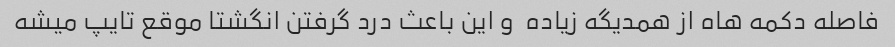
فاصله دکمه هاه از همدیگه زیاده  و این باعث درد گرفتن انگشتا موقع تایپ میشه